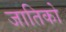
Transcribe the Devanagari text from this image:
जातिको